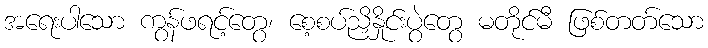
အရေးပါသော ကွန်ဖရင့်တွေ၊ စေ့စပ်ညှိနှိုင်းပွဲတွေ မတိုင်မီ ဖြစ်တတ်သော